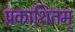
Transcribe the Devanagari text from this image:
प्रकाशितम्